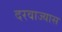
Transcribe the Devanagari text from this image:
दरवाज्यास